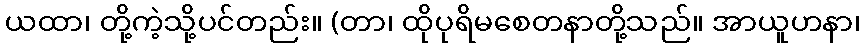
ယထာ၊ တို့ကဲ့သို့ပင်တည်း။ (တာ၊ ထိုပုရိမစေတနာတို့သည်။ အာယူဟနာ၊